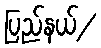
ပြည်နယ်/